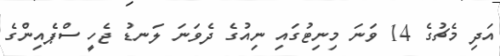
އަދި މެޗުގެ 14 ވަނަ މިނިޓުގައި ނިއުގެ ދެވަނަ ލަނޑު ޖެހީ ސްޕެއިންގެ